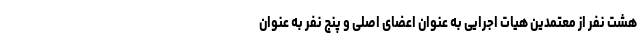
هشت نفر از معتمدین هیات اجرایی به عنوان اعضای اصلی و پنج نفر به عنوان